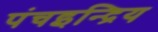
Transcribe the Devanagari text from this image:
पंचइन्द्रिय